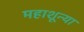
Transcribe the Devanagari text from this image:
महाशून्या